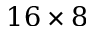
1 6 \times 8